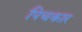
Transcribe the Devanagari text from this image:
पिचकार